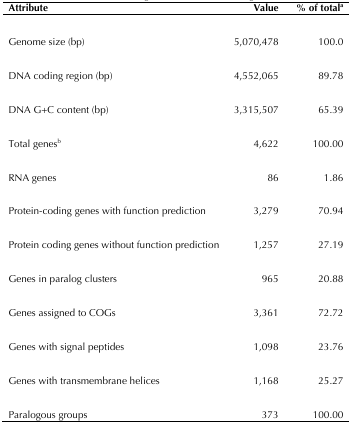
| Attribute | Value | % of totala |
 | --- | --- | --- |
 | Genome size (bp) | 5,070,478 | 100.0 |
 | DNA coding region (bp) | 4,552,065 | 89.78 |
 | DNA G+C content (bp) | 3,315,507 | 65.39 |
 | Total genesb | 4,622 | 100.00 |
 | RNA genes | 86 | 1.86 |
 | Protein-coding genes with function prediction | 3,279 | 70.94 |
 | Protein coding genes without function prediction | 1,257 | 27.19 |
 | Genes in paralog clusters | 965 | 20.88 |
 | Genes assigned to COGs | 3,361 | 72.72 |
 | Genes with signal peptides | 1,098 | 23.76 |
 | Genes with transmembrane helices | 1,168 | 25.27 |
 | Paralogous groups | 373 | 100.00 |